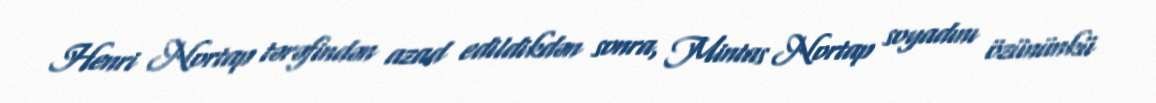
Henri Nortap tərəfindən azad edildikdən sonra, Mintas Nortap soyadını özününkü